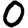
Digit: 0